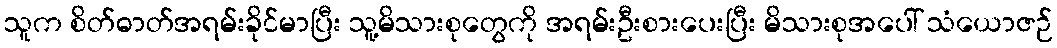
သူက စိတ်ဓာတ်အရမ်းခိုင်မာပြီး သူ့မိသားစုတွေကို အရမ်းဦးစားပေးပြီး မိသားစုအပေါ် သံယောဇဉ်